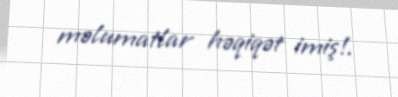
məlumatlar həqiqət imiş!.